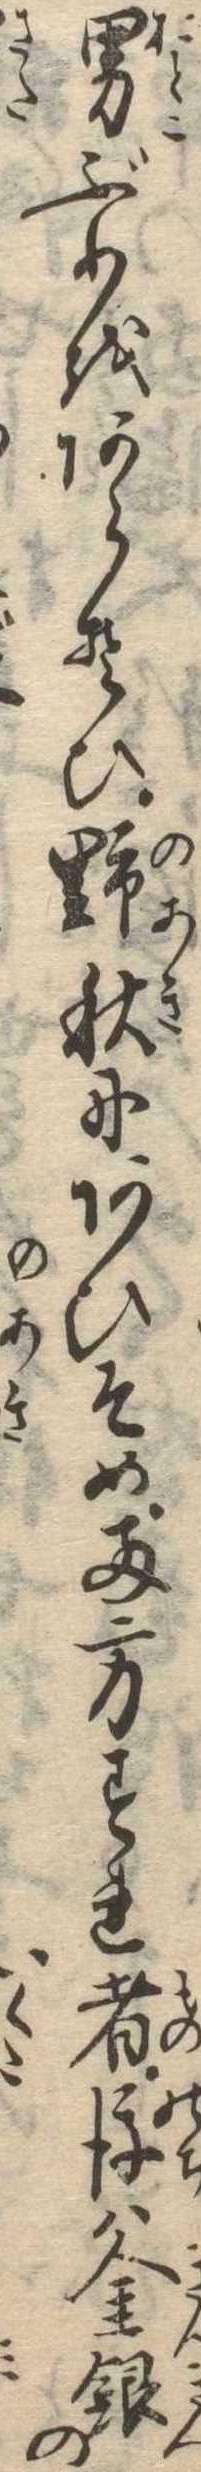
男ぶりをあらそひ野秋にあひそめ両方すれ者後は金銀の